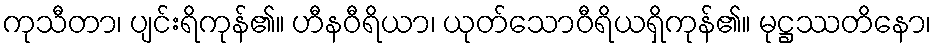
ကုသီတာ၊ ပျင်းရိကုန်၏။ ဟီနဝီရိယာ၊ ယုတ်သောဝီရိယရှိကုန်၏။ မုဋ္ဌဿတိနော၊